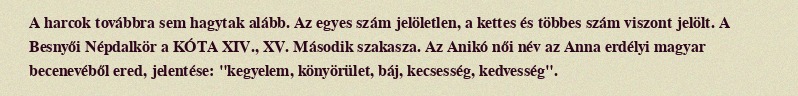
A harcok továbbra sem hagytak alább. Az egyes szám jelöletlen, a kettes és többes szám viszont jelölt. A Besnyői Népdalkör a KÓTA XIV., XV. Második szakasza. Az Anikó női név az Anna erdélyi magyar becenevéből ered, jelentése: "kegyelem, könyörület, báj, kecsesség, kedvesség".